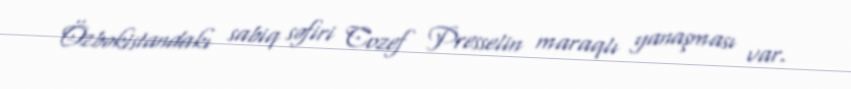
Özbəkistandakı sabiq səfiri Cozef Presselin maraqlı yanaşması var.